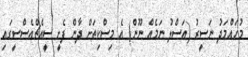
މުހައްމަދު ނަސީރު (އަސްލު ނަމެއް ނޫން) އެ މިސްކިތަށް ދާން ފެށީ ސީއެޗްއެސްސީގައި